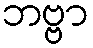
ဘဗ္ဗာ